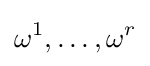
\omega ^{1},\dots ,\omega ^{r}